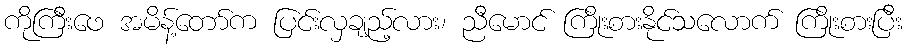
ကိုကြီးဖေ အမိန့်တော်က ပြင်းလှချည့်လား၊ ညီမောင် ကြိုးစားနိုင်သလောက် ကြိုးစားပြီး